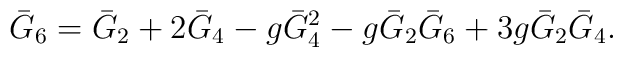
\bar{G} _6=\bar{G} _2 + 2 \bar{G} _4 -g \bar{G} _4^2-g\bar{G} _2 \bar{G} _6 + 3 g \bar{G}_ 2 \bar{G} _4.